Veterinary regulations India, 1935 -
Year: 1935
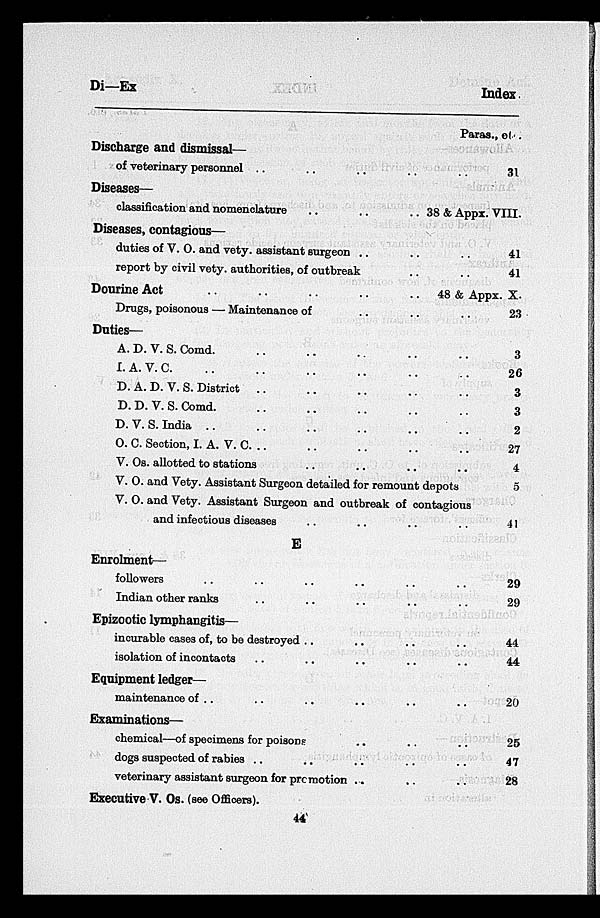
Di—Ex
Index.
Discharge and dismissal—
of veterinary personnel
..
..
..
..
..
Diseases—
classification and nomenclature
..
..
..
Diseases, contagious—
duties of V. O. and vety. assistant surgeon
..
..
..
report by civil vety. authorities, of outbreak
..
..
Dourine Act
..
..
..
..
Drugs, poisonous — Maintenance of
..
..
..
Duties—
A. D. V. S. Comd.
..
..
..
..
..
I.A.V.C.
..
..
..
..
..
D. A. D. V. S. District
..
..
..
..
..
..
D. D. V. S. Comd.
..
..
..
..
..
D. V. S. India ..
..
..
..
..
O. C. Section, I. A. V. C.
..
..
..
..
V. Os. allotted to stations .. .. .. ..
V. O. and Vety. Assistant Surgeon detailed for remount
depots
V. O. and Vety. Assistant Surgeon and outbreak of contagious
and infectious diseases
..
..
..
..
E
Enrolment—
followers
..
..
..
..
..
..
Indian other ranks .. .. .. .. ..
Epizootic lymphangitis—
incurable cases of, to be destroyed .. .. ..
isolation of incontacts
..
..
..
..
..
..
Equipment ledger—
maintenance of ..
..
..
..
..
Examinations—
chemical—of specimens for poisons
..
..
..
dogs suspected of rabies
..
..
..
..
veterinary assistant surgeon for premotion
..
..
..
Executive V. Os. (see Officers).
Paras., etc.
31
38 & Appx. VIII
41
41
48 & Appx.X.
..
..
..
..
..
..
..
..
..
..
..
..
..
..
..
..
..
..
23
3
26
3
3
2
27
4
5
41
29
29
44
44
20
25
47
28
44